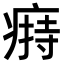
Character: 𤸟